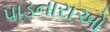
પાડનારાઓ